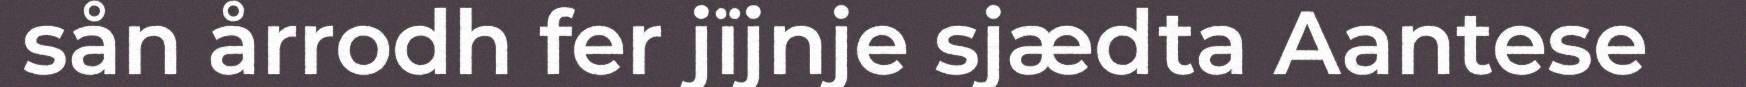
sån årrodh fer jïjnje sjædta Aantese